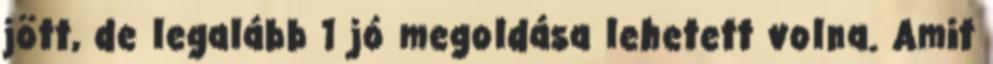
jött, de legalább 1 jó megoldása lehetett volna. Amit